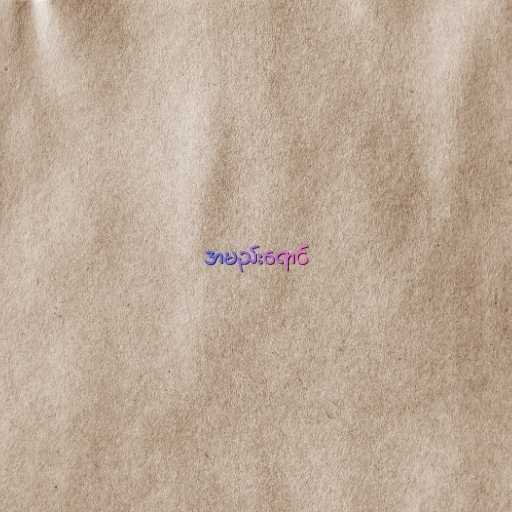
အမည်းရောင်